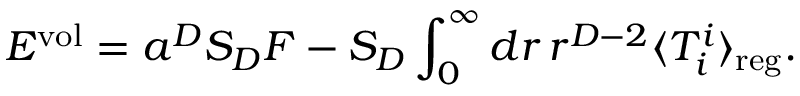
E ^ { \mathrm { v o l } } = a ^ { D } S _ { D } F - S _ { D } \int _ { 0 } ^ { \infty } d r \, r ^ { D - 2 } \langle T _ { i } ^ { i } \rangle _ { \mathrm { r e g } } .